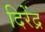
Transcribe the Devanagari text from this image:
दिरेंद्र